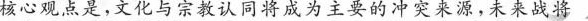
核心观点是，文化与宗教认同将成为主要的冲突来源，未来战将